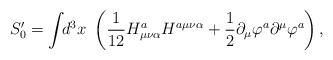
LaTeX: \begin{align*}S_0^{\prime }=\int \!\!d^3x~\left( \frac 1{12}H_{\mu \nu \alpha }^aH^{a\mu\nu \alpha }+\frac 12\partial _\mu \varphi ^a\partial ^\mu \varphi ^a\right), \end{align*}